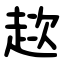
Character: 趑